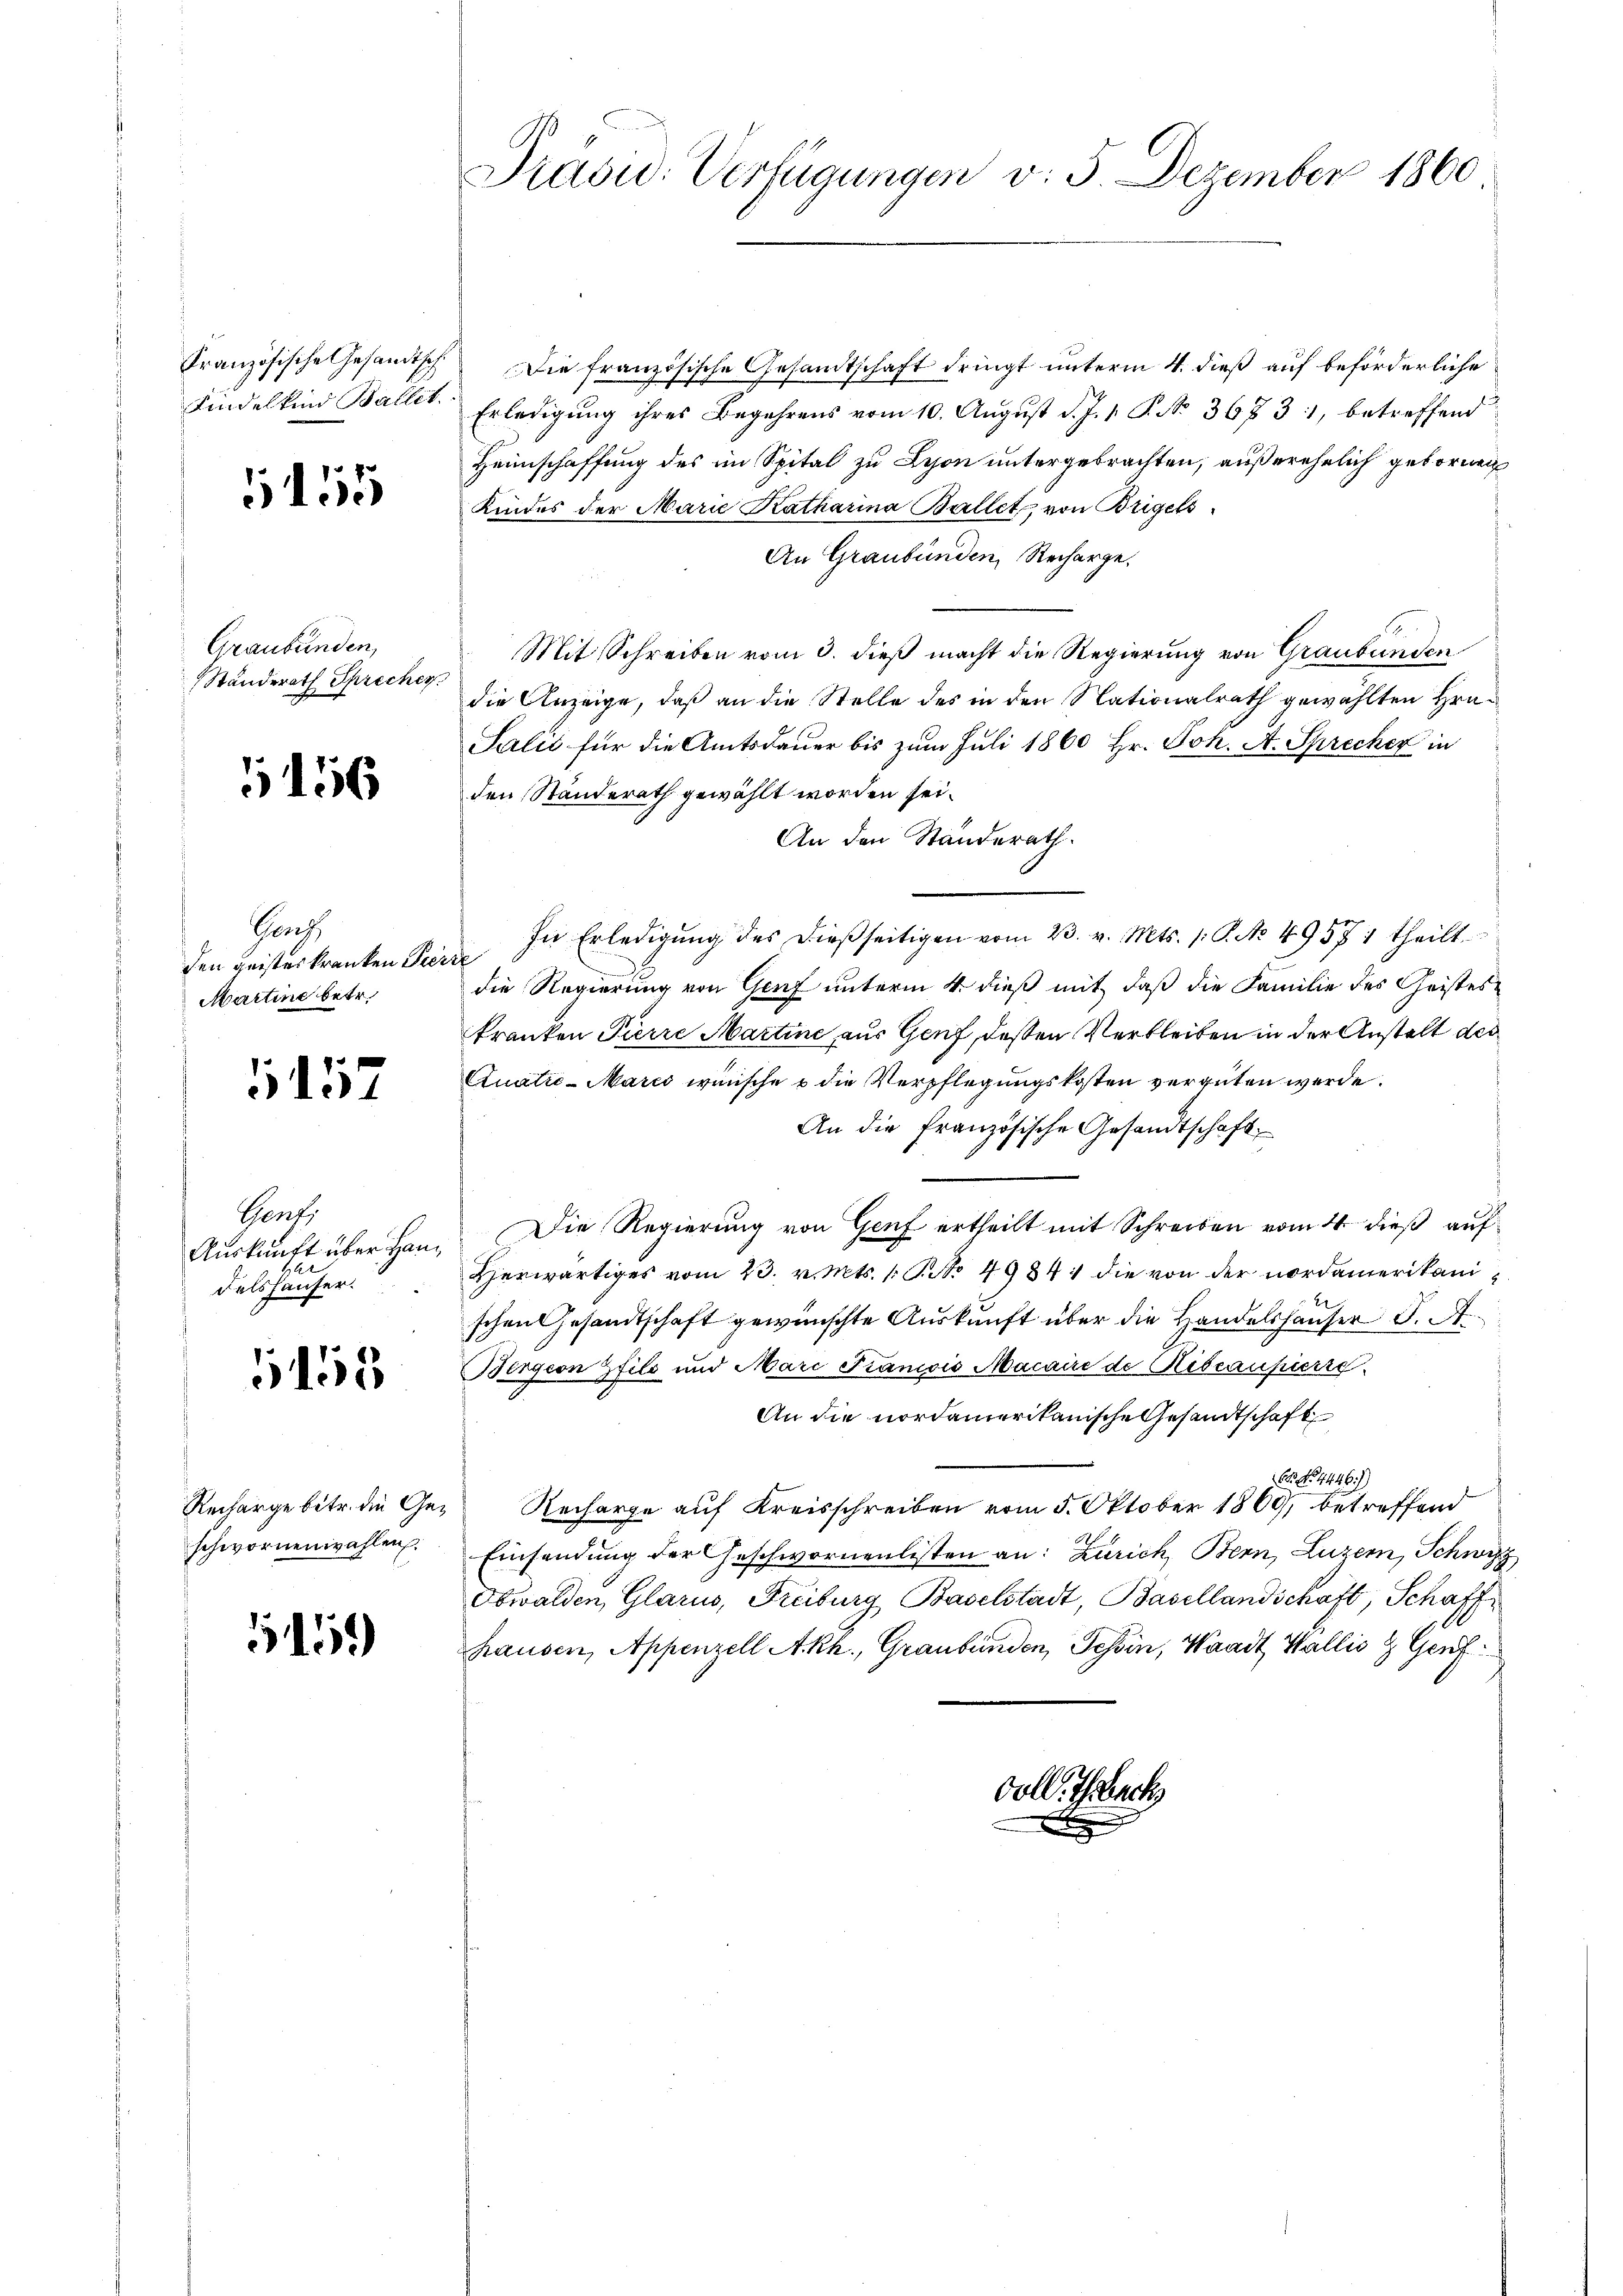
Kindelkind Ballet

5155

Graubünden,
Standerath Sprecher

1456

Ganz
den geistes kranken Pierre
Martine betr.

1157

Gent,
delshäuser.

1453

schwornenwahlen.

151)

Prasw. Verfügungen v. 5. Dezember 1860

Französische Gesandtsch. Die französische Gesandtschaft dringt unterm 4. dieß auf beförderliche
Erledigung ihres Begehrens vom 10. August d. J. 1. P. No. 36731, betreffend
Heimschaffung des im Spital zu Lyon untergebrachten, außerehelich gebornen
Kindes der Marie Katharina Ballet, von Brigels
An Graubünden, Recharge.
E
Mit Schreiben vom 3. dieß macht die Regierung von Graubünden
die Anzeige, daß an die Stelle des in den Nationalrath gewählten Hrn.
Salić für die Amtsdauer bis zum Juli 1860 Hr. Joh. A. Sprecher in
den Ständerath gewählt worden sei.
An den Standerath.
In Erledigŭng des dießseitigen vom 23. v. Mts. 1. P. No. 4957 1 theilt
die Regierung von Genf unterm 4. dieß mit, daß die Familie des Geistes¬
Franken Pierre Martine aus Genf, deßen Verbleiben in der Anstalt des
Quatić-Mares wünsche & die Verpflegungskosten vergüten werde.
An die französische Gesandtschaft
Aŭskŭnft über han. Die Regierung von Genf ertheilt mit Schreiben vom 4. dieß auf
Herwärtiges vom 23. v. Mts. 1 S. 49844 die von der nordamerikani
schen Gesandtschaft gewünschte Auskunft über die Handelshäuser J. A.
Bergern pfils und Marc Francois Macaire de Ribeaupierre
An die nordamerikanische Gesandtschaft
 No 4446)
Recharge betr. die Ge- Recharge auf Kreisschreiben vom 5. Oktober 1869, betreffend
Einsendung der Geschwornenlisten an: Zürich, Bern, Luzern, Schwyz
Obwalden, Glarus, Freiburg Baselstadt, Basellandschaft, Schaffhausen, Appenzell Akh., Graubünden, Tessin, Waadt, Wallis & Genf

Ooll.

act